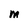
Character: M